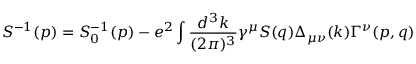
S ^ { - 1 } ( p ) = S _ { 0 } ^ { - 1 } ( p ) - e ^ { 2 } \int \frac { d ^ { 3 } k } { ( 2 \pi ) ^ { 3 } } \gamma ^ { \mu } S ( q ) \Delta _ { \mu \nu } ( k ) \Gamma ^ { \nu } ( p , q )